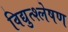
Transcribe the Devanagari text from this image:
विद्युत्श्लेषण